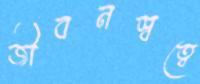
জীবনস্বত্বে